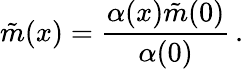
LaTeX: \tilde{m}(x)=\frac{\alpha(x)\tilde{m}(0)}{\alpha(0)}\, .